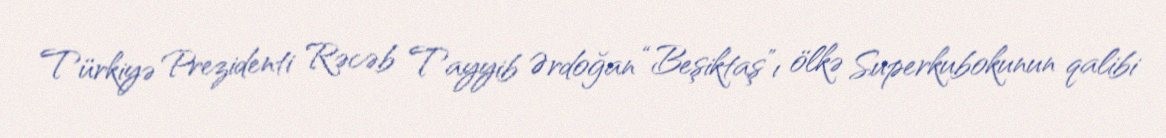
Türkiyə Prezidenti Rəcəb Tayyib Ərdoğan “Beşiktaş”ı ölkə Superkubokunun qalibi